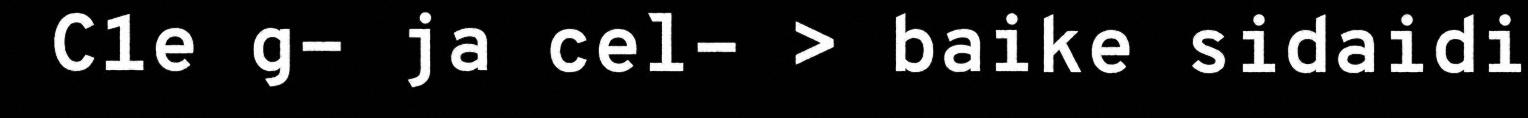
C1e g- ja cel- > baike sidaidi